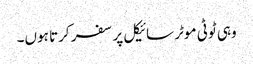
وہی ٹوٹی موٹر سائیکل پر سفر کرتا ہوں۔